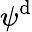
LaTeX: \psi^{\mathrm{d}}